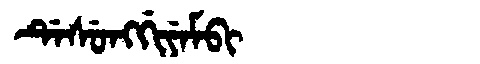
Manchu: ᡩᡝᠰᡠᠩᡤᡳᠶᡝᠮᠪᡳ
Romanization: DESUNGGIYEMBI